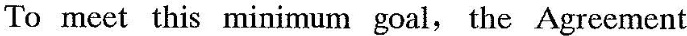
To meet this minimum goal, the Agreement